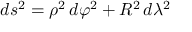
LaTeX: d s ^ { 2 } = \rho ^ { 2 } \, d \varphi ^ { 2 } + R ^ { 2 } \, d \lambda ^ { 2 }